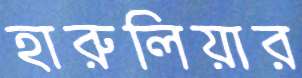
হারুলিয়ার